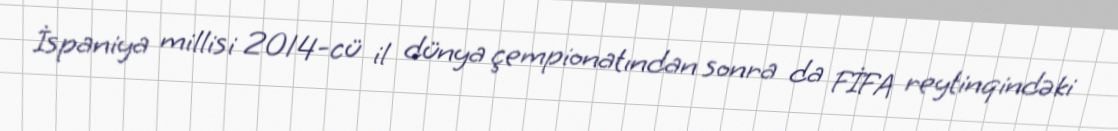
İspaniya millisi 2014-cü il dünya çempionatından sonra da FİFA reytinqindəki